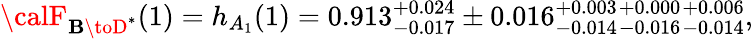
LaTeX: {\calF}_{\mathbf{B}\toD^{*}}(1)=h_{A_{1}}(1)=0.913{}_{-0.017}^{+0.024}\pm0.016{}_{-0.014}^{+0.003}{}_{-0.016}^{+0.000}{}_{-0.014}^{+0.006},